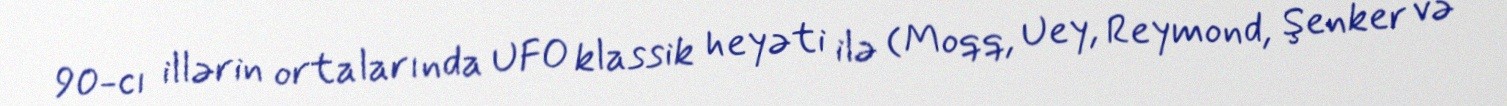
90-cı illərin ortalarında UFO klassik heyəti ilə (Moqq, Uey, Reymond, Şenker və